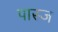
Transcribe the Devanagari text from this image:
पास्ज